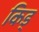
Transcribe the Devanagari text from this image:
किड्